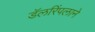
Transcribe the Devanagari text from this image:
डॅलरिंपलाने